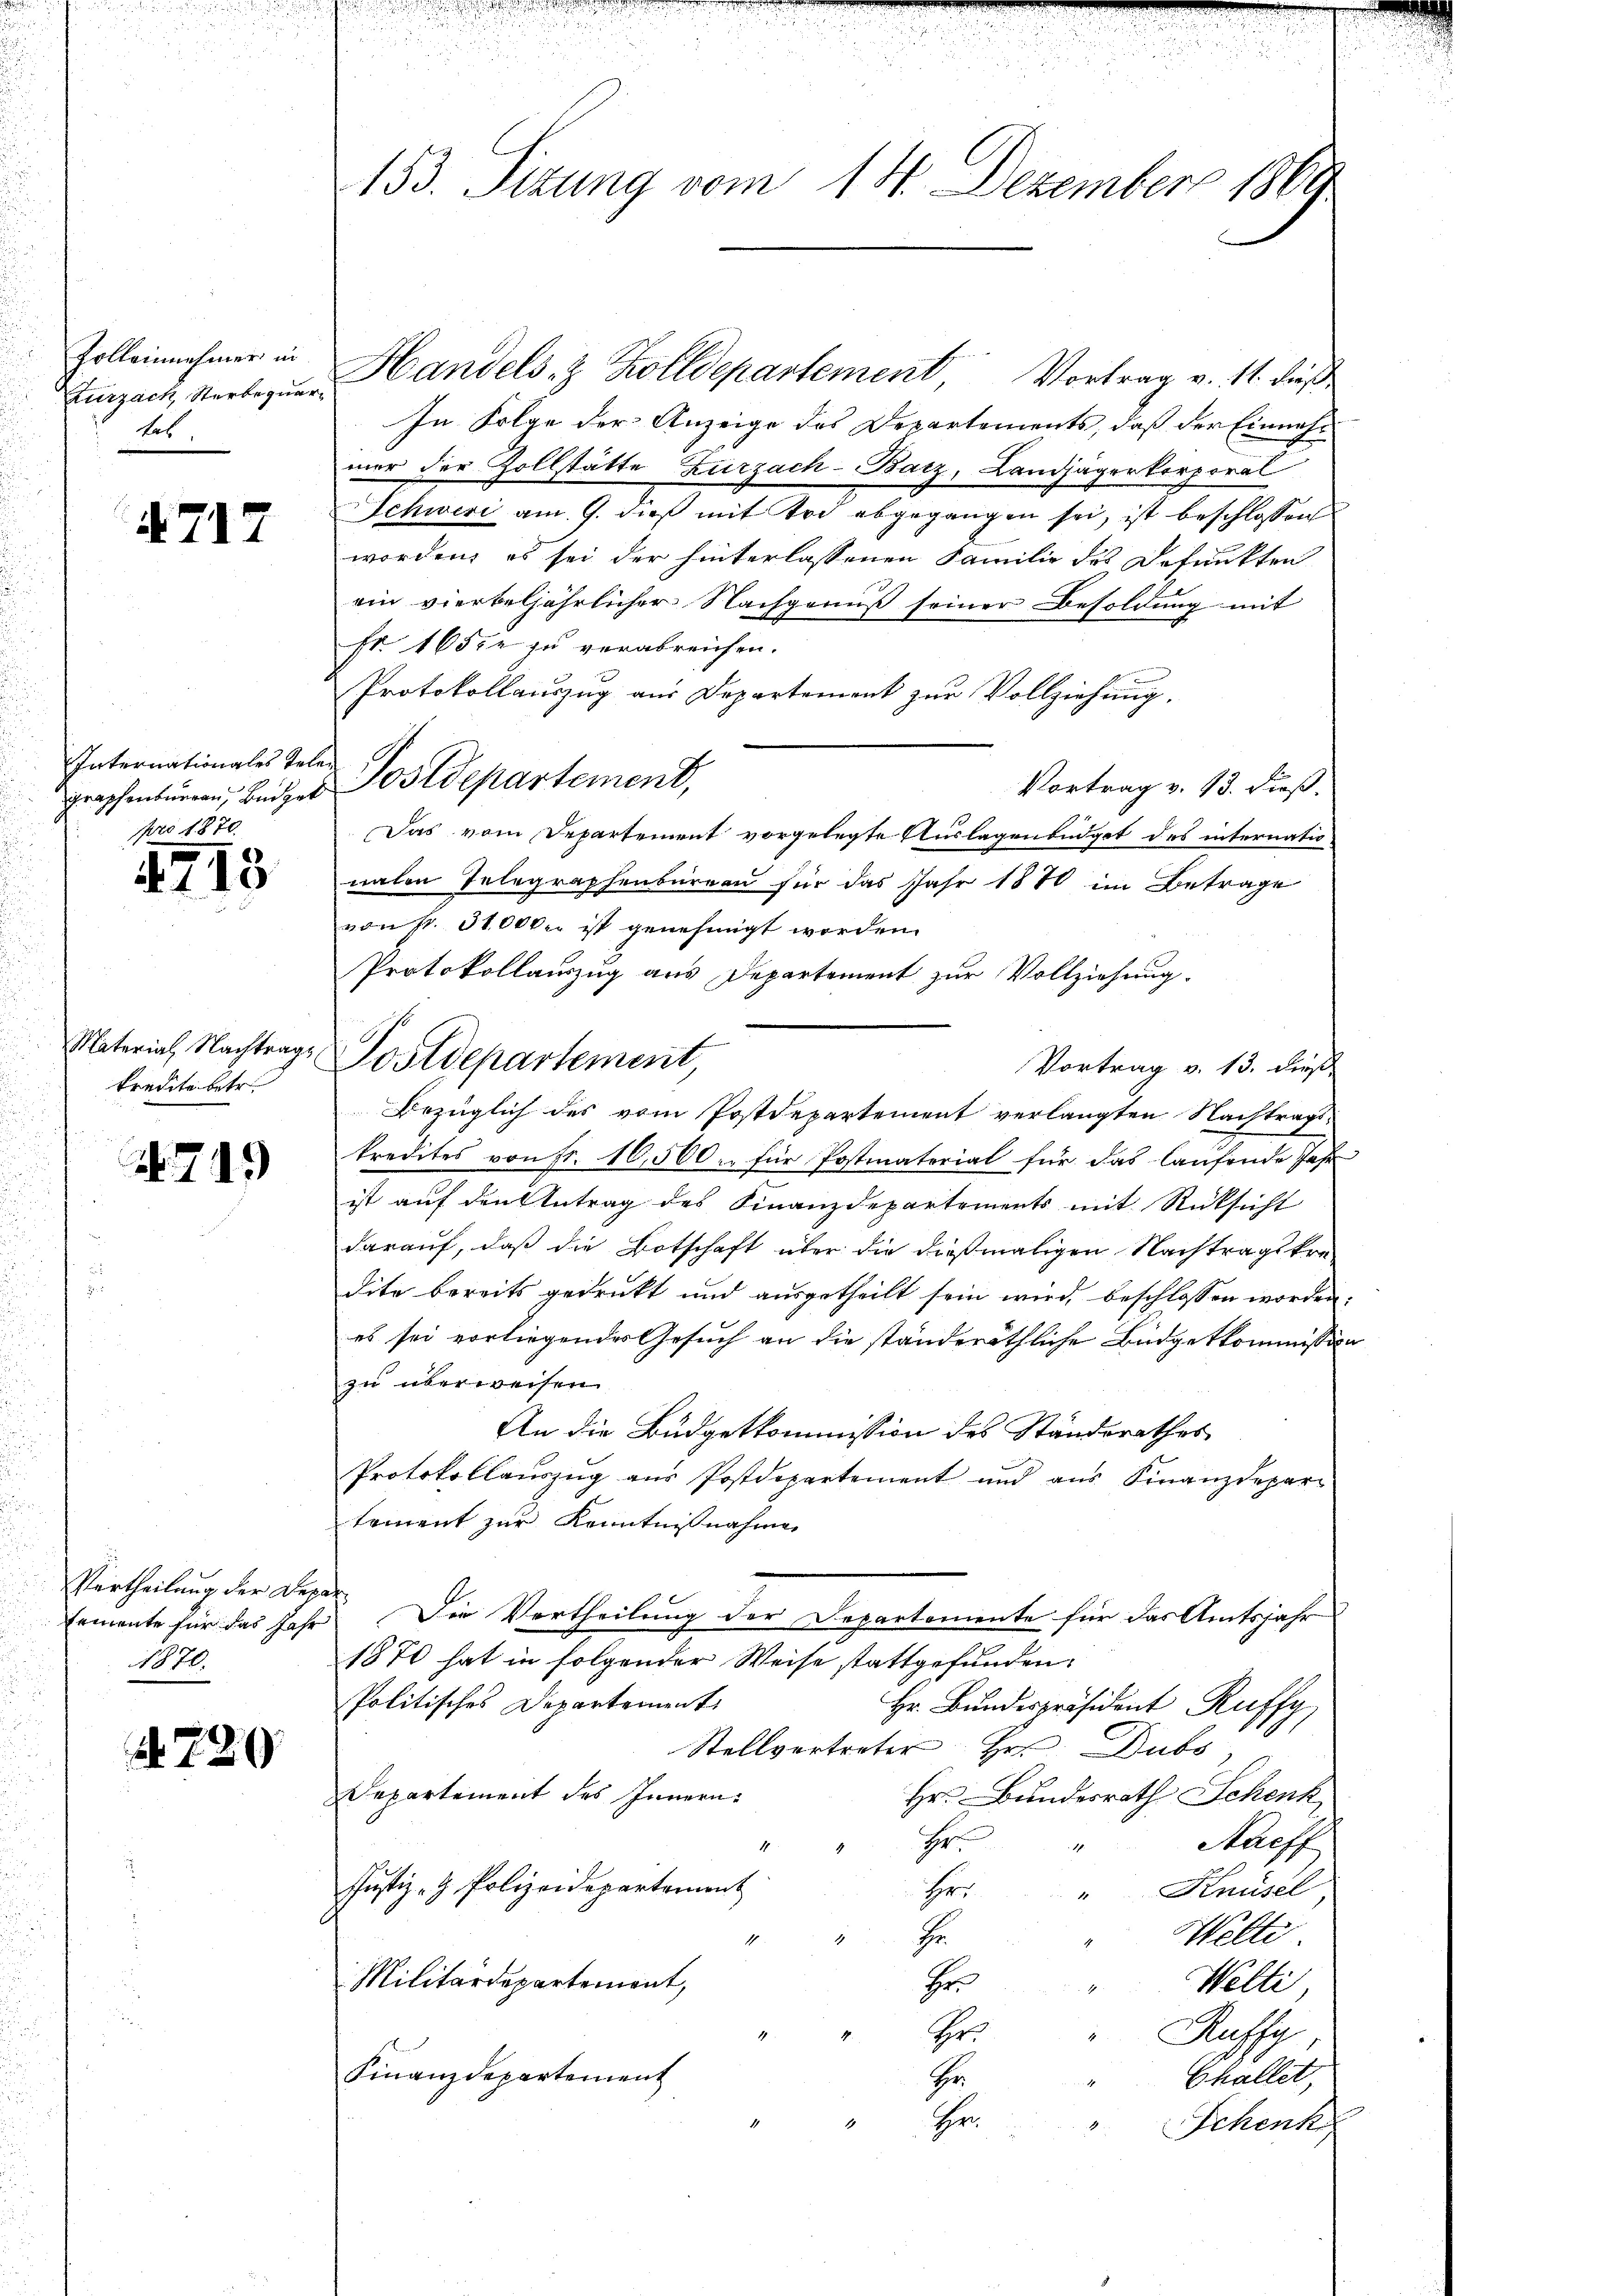
Zolleinnehmer in
Zurzach Sterbequetab.

A717

Internationales Tel
graphenburren, Büdget
pro 1870.

1715

Material Nachtrags
kredite betr.

719

Vertheilung der Dep
temente für das Jahr
1910.

720

153. Sizung vom 14. Dezember 1869

Handels- & Zolldepartement, Vortrag v. 11. dieß
In Folge der Anzeige des Departements, daß der Einnahmer der Zollstätte Zurzach - Batz, Landjägerkorporal
Schweri am 9. dieß mit Tod abgegangen sei, ist beschlossen
worden, es sei der hinterlassenen Familie des defunkten
ein vierteljährlicher Nachgenuß seiner Besoldung mit
Fr. 165ce zu verabreichen.
Protokollauszug aus Departement zur Vollziehung.
¬
Postdepartement,
Vortrag v. 13. dieß,
Das vom Departement vorgelegte Auslagenbüdget des internatio
nalen Telegraphenbureau für das Jahr 1870 im Betrage
von Fr. 31000 ist genehmigt worden.
Protokollauszug aus Departement zur Vollziehung.
Vortrag v. 13. dieß
Bezüglich des vom Postdepartement verlangten Nachtrags-
kredites von Fr. 10,500. für Postmaterial für das laufende Jahr
ist auf den Antrag des Finanzdepartements mit Rücksicht
darauf, daß die Botschaft über die dießmaligen Nachtragskre-
dite bereits gedruckt und ausgetheilt sein wird, beschlossen worden.
es sei vorliegendes Gesuch an die ständeräthliche Büdgetkommission
zu überweisen.
An die Büdgetkommission des Standsrathes
Protokollauszug aus Postdepartement und aus Finanzdepari
tement zur Kenntnißnahme
ah
Die Vertheilung der Departemente für das Amtsjahr
1870 hat in folgender Weise stattgefunden.
Politisches Departement
Hr. Bundespräsident Ruffy
Stellvertreter Hr. Dubs,
Departement des Innern.
Hr. Bundesrath Schenk
H
1.
Aarff
4
Justiz- & Polizeidepartement
ihre
" Knüsel
1
r
Welti
Militärdepartement,
Welti,
Hr
Hei
Ruffy,
Finanzdepartement
Challet,
Hr
Hrn
Schenk

Postdepartement

u